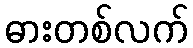
ဓားတစ်လက်